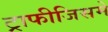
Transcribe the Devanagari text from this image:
ट्राफीजिसमे